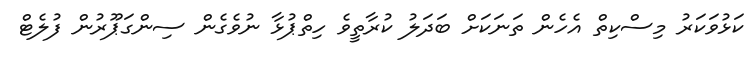
ކަޅުވަކަރު މިސްކިތް އެހެން ތަނަކަށް ބަދަލު ކުރާތީވެ ހިތްޕުޅާ ނުވެގެން ސިންގަޕޫރުން ފުލެޓް